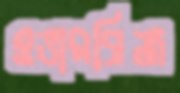
ওভারব্রিজ